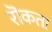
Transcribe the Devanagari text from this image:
रॊकता